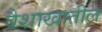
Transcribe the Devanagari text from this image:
वैशाखातील